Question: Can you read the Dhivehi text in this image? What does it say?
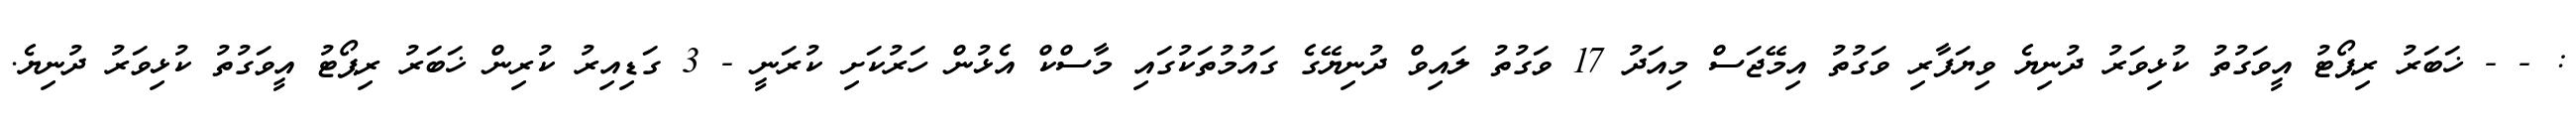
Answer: : - - ޚަބަރު ރިޕޯޓު އީވަގުތު ކުޅިވަރު ދުނިޔެ ވިޔަފާރި ވަގުތު އިމޭޖަސް މިއަދު 17 ވަގުތު ލައިވް ދުނިޔޭގެ ގައުމުތަކުގައި މާސްކް އެޅުން ހަރުކަށި ކުރަނީ - 3 ގަޑިއިރު ކުރިން ޚަބަރު ރިޕޯޓު އީވަގުތު ކުޅިވަރު ދުނިޔެ.